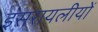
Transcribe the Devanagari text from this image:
इसरायलीयों